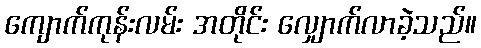
ကျောက်ကုန်းလမ်း အတိုင်း လျှောက်လာခဲ့သည်။